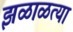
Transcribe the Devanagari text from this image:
झळाळत्या